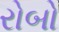
રોબો